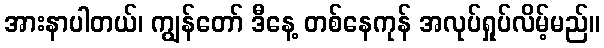
အားနာပါတယ်၊ ကျွန်တော် ဒီနေ့ တစ်နေကုန် အလုပ်ရှုပ်လိမ့်မည်။